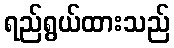
ရည်ရွယ်ထားသည်